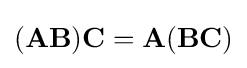
(\mathbf {AB} )\mathbf {C} =\mathbf {A} (\mathbf {BC} )